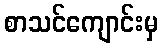
စာသင်ကျောင်းမှ